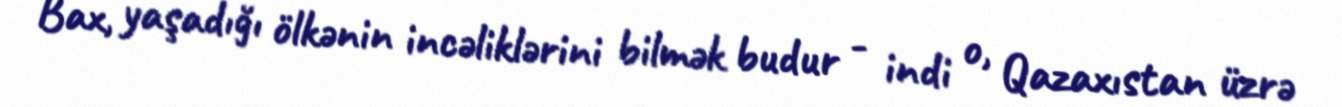
Bax, yaşadığı ölkənin incəliklərini bilmək budur - indi o, Qazaxıstan üzrə